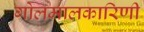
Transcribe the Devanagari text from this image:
गोलमालकारिणी